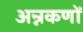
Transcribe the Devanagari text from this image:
अन्नकणों